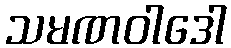
သမဏဝါဒေါ